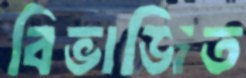
বিভাজিত